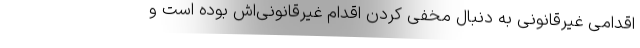
اقدامی غیرقانونی به دنبال مخفی کردن اقدام غیرقانونی‌اش بوده است و